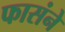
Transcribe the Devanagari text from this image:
फासंने